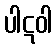
ပါဋဝါ